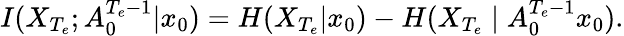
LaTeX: I(X_{{T_{e}}};A_{0}^{{T_{e}}-1}|x_{0})=H(X_{T_{e}}|x_{0})-H(X_{T_{e}}\mid A_{0}^{{T_{e}}-1}x_{0}).